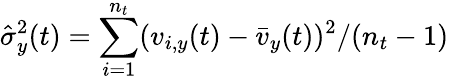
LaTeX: \hat{\sigma}_{y}^{2}(t)=\sum_{i=1}^{n_{t}}(v_{i,y}(t)-\bar{v}_{y}(t))^{2}/(n_{t}-1)